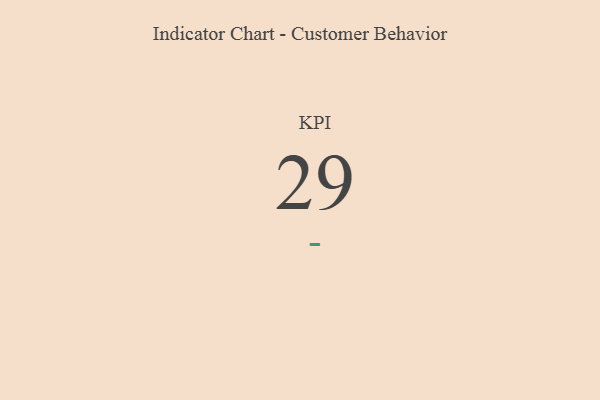
{"axis": {"x": "KPI", "y": "Value"}, "legend": [""], "data": [{"x": "KPI", "y": 29, "type": ""}]}